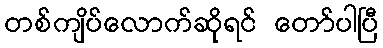
တစ်ကျိပ်လောက်ဆိုရင် တော်ပါပြီ